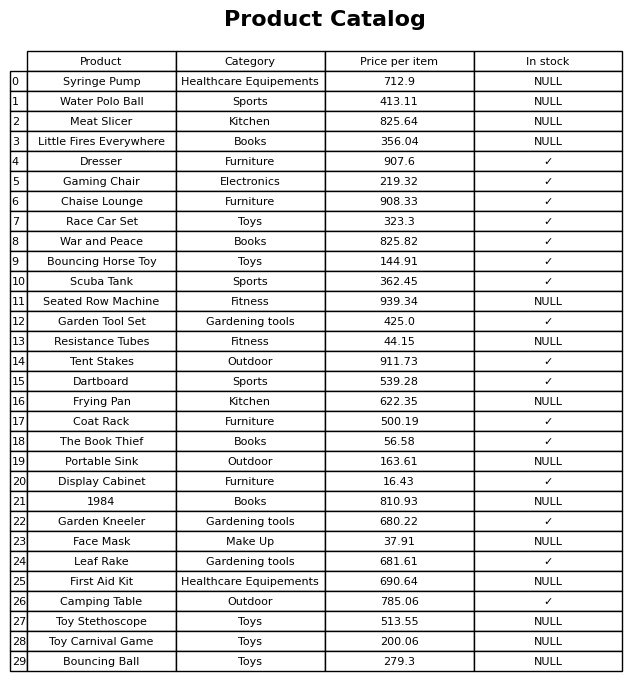
question: What is the price of the Toy Carnival Game?
answer: The price of Toy Carnival Game is 200.06.